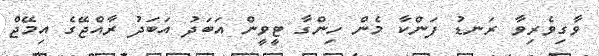
ވާގިވެރިވާ ރަނޑު ފަންކާ މެން ހިންގާ ޓީވީން އަބަދު އަބަދު ރާއްޖޭގެ އިމޭޖް